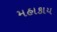
મહાકાય